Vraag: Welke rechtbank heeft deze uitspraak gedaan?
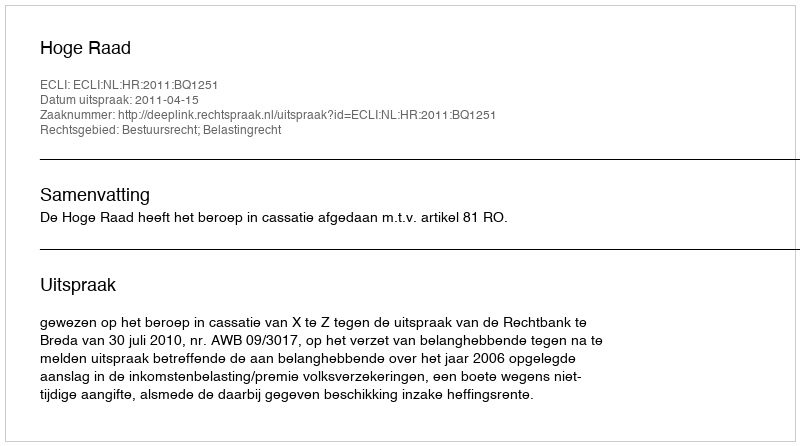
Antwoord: Hoge Raad